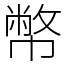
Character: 幣